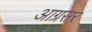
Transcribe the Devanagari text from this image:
आग्रसर